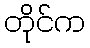
တိုင်က